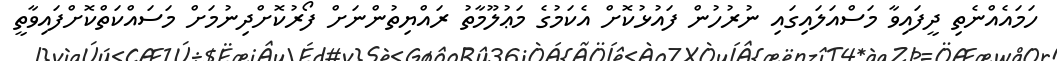
ހަމައެއްނެތި ދީފައިވާ މަސްއަލައިގައި ނުރުހުން ފައުޅުކޮށް އެކަމުގެ މަޢުލޫމާތު ރައްޔިތުންނަށް ފޯރުކޮށްދިނުމަށް މަސައްކަތްކޮށްފައިވާތީ